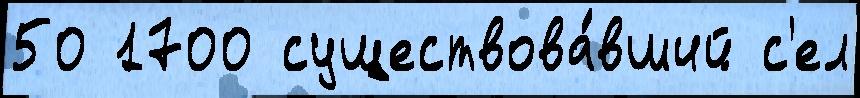
50 1700 существова́вший с'ел